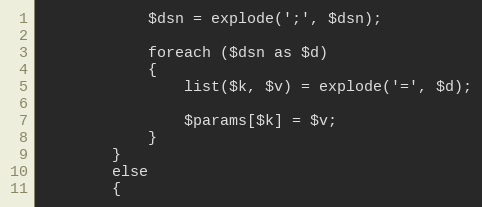
Language: PHP
			$dsn = explode(';', $dsn);

			foreach ($dsn as $d)
			{
				list($k, $v) = explode('=', $d);

				$params[$k] = $v;
			}
		}
		else
		{